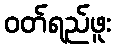
ဝတ်ရည်ဖူး